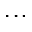
. . .